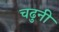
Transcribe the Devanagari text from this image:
चढुनी